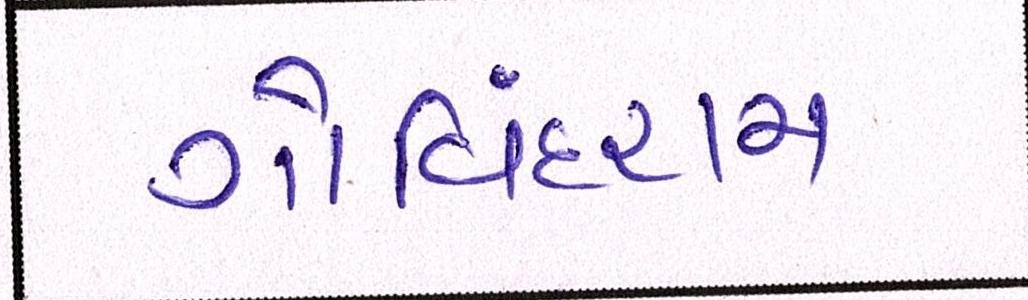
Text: ગોવિંદરામ